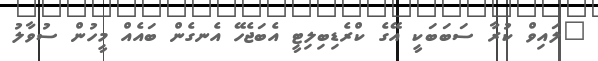
"ލައިވް ކުރާ ސަބަބަކީ އޭގެ ކްރެޑިބިލިޓީ އެބަޖެހޭ އެނގެން ބައެއް މީހުން ސުވާލު